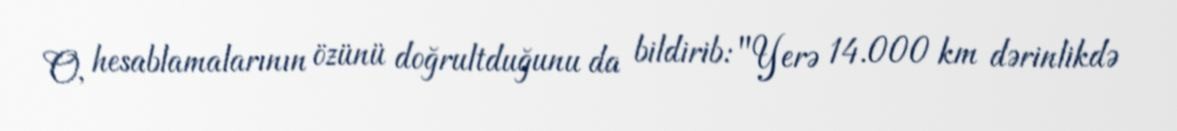
O, hesablamalarının özünü doğrultduğunu da bildirib: "Yerə 14.000 km dərinlikdə